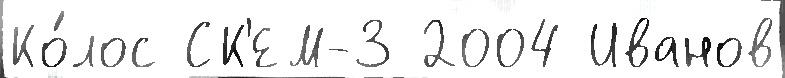
Ко́лос СК'ЕМ-3 2004 Иванов